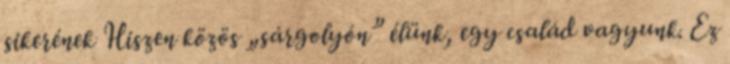
sikerének Hiszen közös „sárgolyón” élünk, egy család vagyunk. Ez